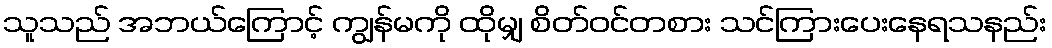
သူသည် အဘယ်ကြောင့် ကျွန်မကို ထိုမျှ စိတ်ဝင်တစား သင်ကြားပေးနေရသနည်း